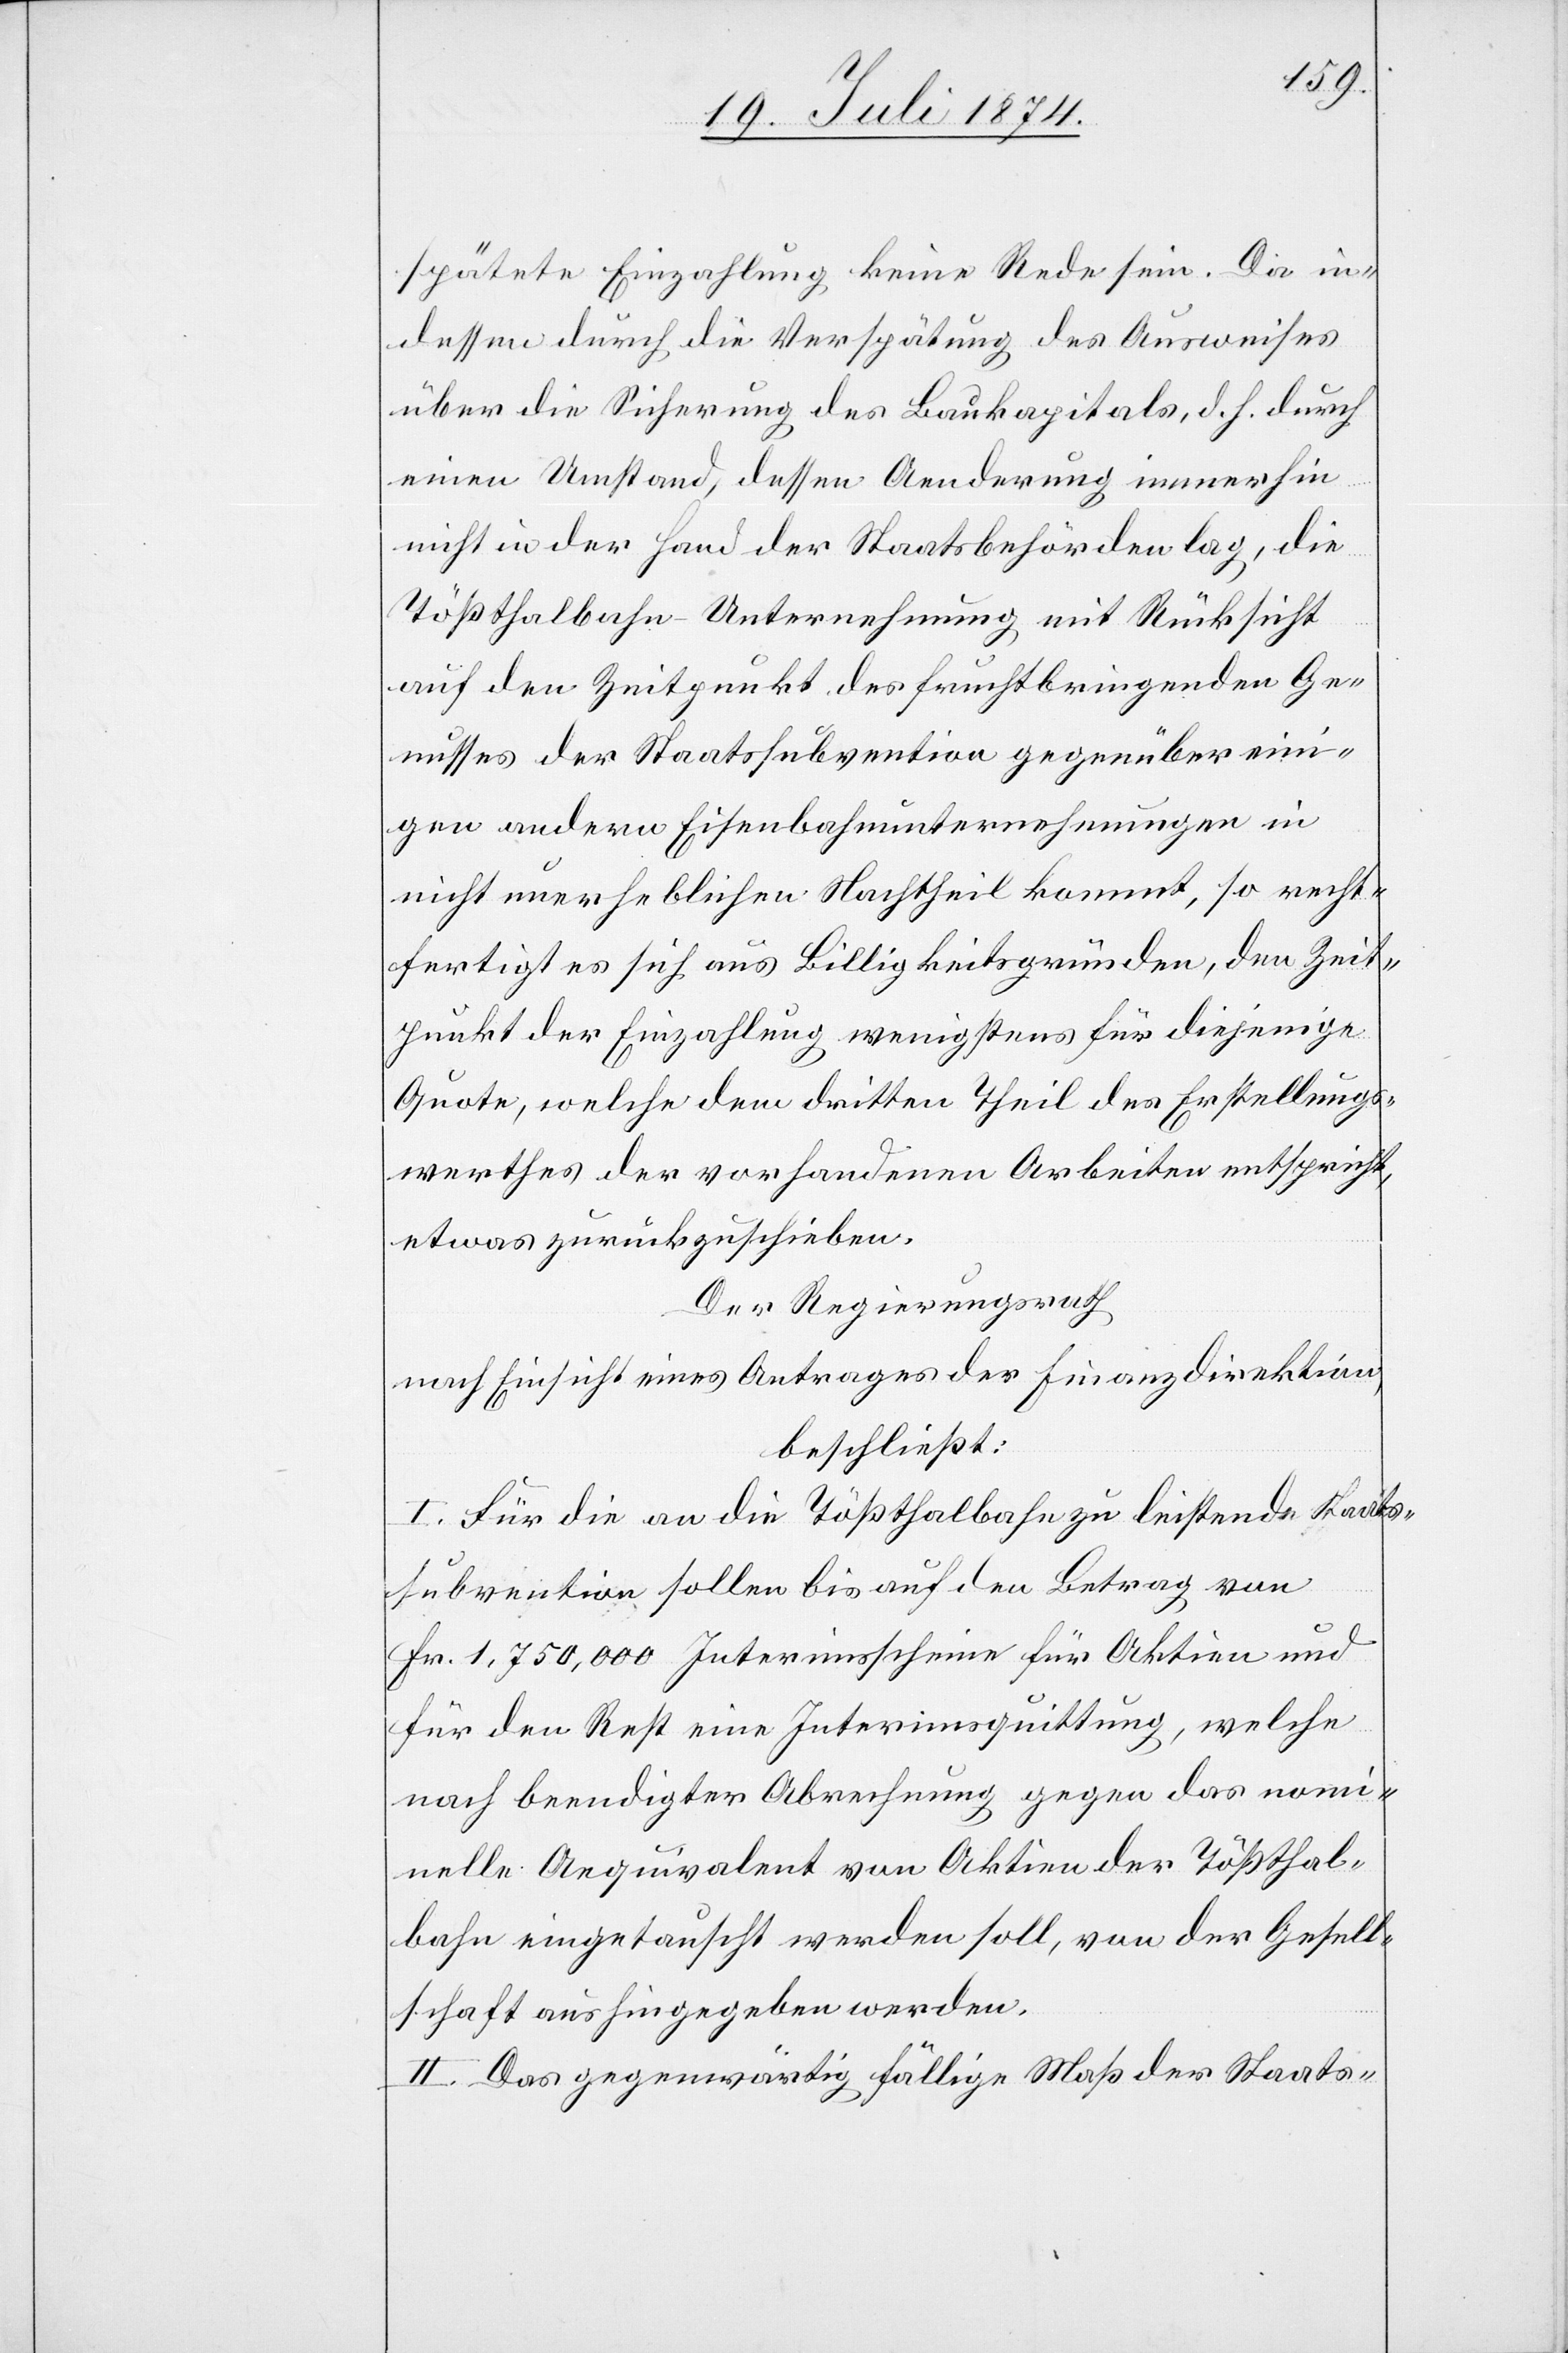
spätete Einzahlung keine Rede sein. Da in¬
dessen durch die Verspätung des Ausweises
über die Sicherung des Baukapitals, d. h. durch
einen Umstand, dessen Aenderung immerhin
nicht in der Hand der Staatsbehörden lag, die
Tößthalbahn-Unternehmung mit Rücksicht
auf den Zeitpunkt des fruchtbringenden Ge¬
nusses der Staatssubvention gegenüber eini¬
gen andern Eisenbahnunternehmungen in
nicht unerheblichen Nachtheil kommt, so recht¬
fertigt es sich aus Billigkeitsgründen, den Zeit¬
punkt der Einzahlung wenigstens für diejenige
Quote, welche dem dritten Theil des Erstellungs¬
werthes der vorhandenen Arbeiten entspricht,
etwas zurückzuschieben.
Der Regierungsrath,
nach Einsicht eines Antrages der Finanzdirektion,
beschließt:
I. Für die an die Tößthalbahn zu leistende Staats¬
subvention sollen bis auf den Betrag von
Fr. 1,750,000 Interimsscheine für Aktien und
für den Rest eine Interimsquittung, welche
nach beendigter Abrechnung gegen das nomi¬
nelle Aequivalent von Aktien der Tößthal¬
bahn eingetauscht werden soll, von der Gesell¬
schaft aushingegeben werden.
II. Das gegenwärtig fällige Maß der Staats-